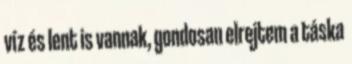
víz és lent is vannak, gondosan elrejtem a táska